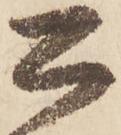
公